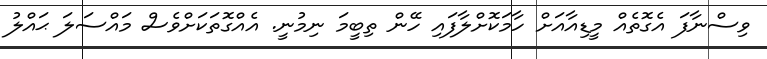
ވިސްނާފަ އެގޮތެއް މީޑިއާއަށް ހާމަކޮށްލާފައި ހޭން ތިބީމަ ނިމުނީ. އެއްގޮތަކަށްވެސް މައްސަލަ ޙައްލު